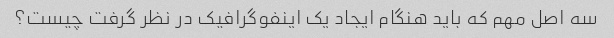
سه اصل مهم که باید هنگام ایجاد یک اینفوگرافیک در نظر گرفت چیست؟